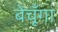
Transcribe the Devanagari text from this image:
बेचूँगा